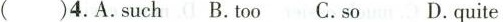
( )4.A.such B.too C.so D.quite